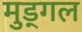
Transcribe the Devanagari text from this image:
मुड्गल